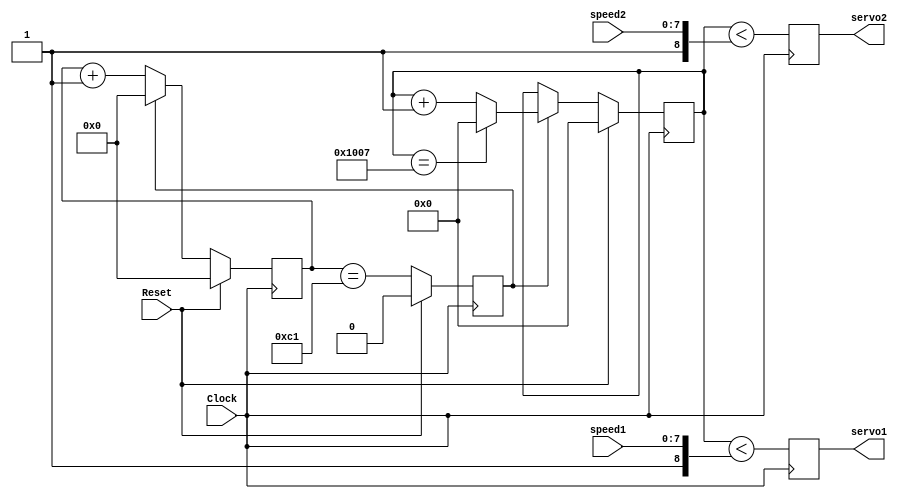
`timescale 1ns / 1ps
module ServoPWM (
    input Clock,
    input Reset,
    input [7:0] speed1,
    input [7:0] speed2,
    output reg servo1,
    output reg servo2
  );
   
parameter ClkDiv = 195;    // 50000000/1000/256 = 97.56
parameter PulseRange = 4103;	//4103 * 3.9 microseconds = 16 milliseconds

reg [12:0] PulseCount;
reg [7:0] ClkCount;
reg ClkTick;

always @(posedge Clock) begin
	if(Reset)
		PulseCount <= 0;
	else if(ClkTick) begin
		if(PulseCount == PulseRange)
			PulseCount <= 0;
		else
			PulseCount <= PulseCount + 1;
	end
end

always @(posedge Clock) begin
	if(Reset)
		ClkCount <= 0;
	else if(ClkTick)
		ClkCount <= 0;
	else
		ClkCount <= ClkCount + 1;
end

always @(posedge Clock) begin
	if(Reset)
		ClkTick <= 0;
	else
		ClkTick <= (ClkCount == ClkDiv-2);
end

always @(posedge Clock) begin
	servo1 = (PulseCount < {5'b00001, speed1});
	servo2 = (PulseCount < {5'b00001, speed2});
end
   
endmodule